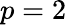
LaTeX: p=2